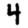
Digit: 4